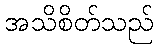
အသိစိတ်သည်